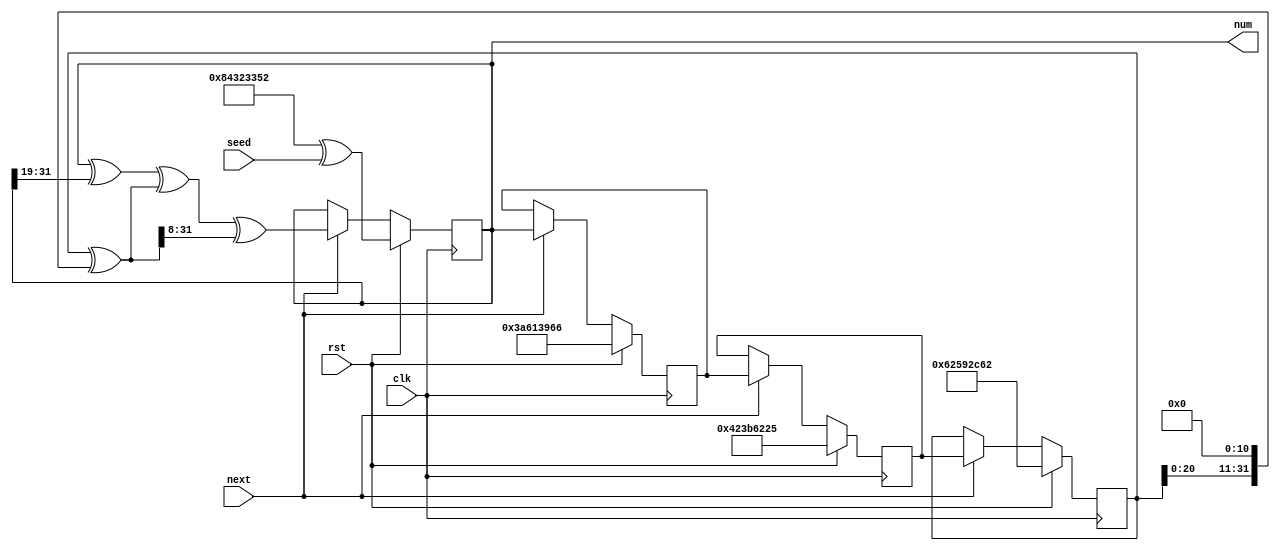
/*
   This file was generated automatically by the Mojo IDE version B1.3.6.
   Do not edit this file directly. Instead edit the original Lucid source.
   This is a temporary file and any changes made to it will be destroyed.
*/

/*
   Parameters:
     SEED = 128h843233523a613966423b622562592c62
*/
module pn_gen_5 (
    input clk,
    input rst,
    input next,
    input [31:0] seed,
    output reg [31:0] num
  );
  
  localparam SEED = 128'h843233523a613966423b622562592c62;
  
  
  reg [31:0] M_x_d, M_x_q = 1'h0;
  reg [31:0] M_y_d, M_y_q = 1'h0;
  reg [31:0] M_z_d, M_z_q = 1'h0;
  reg [31:0] M_w_d, M_w_q = 1'h0;
  
  reg [31:0] t;
  
  always @* begin
    M_w_d = M_w_q;
    M_z_d = M_z_q;
    M_y_d = M_y_q;
    M_x_d = M_x_q;
    
    num = M_w_q;
    t = M_x_q ^ (M_x_q << 4'hb);
    if (next) begin
      M_x_d = M_y_q;
      M_y_d = M_z_q;
      M_z_d = M_w_q;
      M_w_d = M_w_q ^ (M_w_q >> 5'h13) ^ t ^ (t >> 4'h8);
    end
    if (rst) begin
      M_x_d = 32'h62592c62;
      M_y_d = 32'h423b6225;
      M_z_d = 32'h3a613966;
      M_w_d = 32'h84323352 ^ seed;
    end
  end
  
  always @(posedge clk) begin
    M_x_q <= M_x_d;
    M_y_q <= M_y_d;
    M_z_q <= M_z_d;
    M_w_q <= M_w_d;
  end
  
endmodule